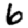
Digit: 6